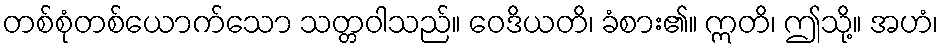
တစ်စုံတစ်ယောက်သော သတ္တဝါသည်။ ဝေဒိယတိ၊ ခံစား၏။ ဣတိ၊ ဤသို့။ အဟံ၊